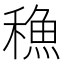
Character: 𮃣